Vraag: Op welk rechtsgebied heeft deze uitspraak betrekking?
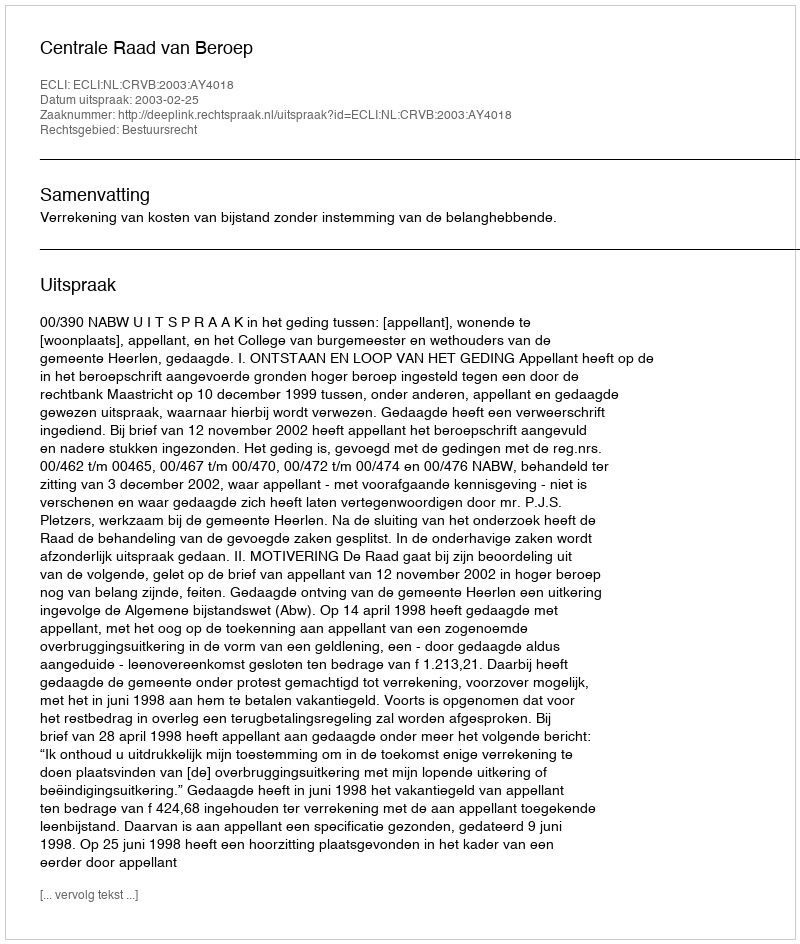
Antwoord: Bestuursrecht